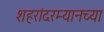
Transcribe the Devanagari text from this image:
शहरांदरम्यानच्या